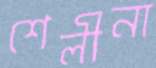
শেলীনা